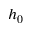
h _ { 0 }